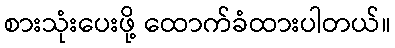
စားသုံးပေးဖို့ ထောက်ခံထားပါတယ်။